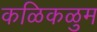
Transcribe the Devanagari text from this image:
कळिकळुम